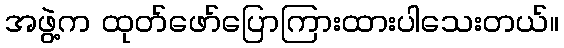
အဖွဲ့က ထုတ်ဖော်ပြောကြားထားပါသေးတယ်။